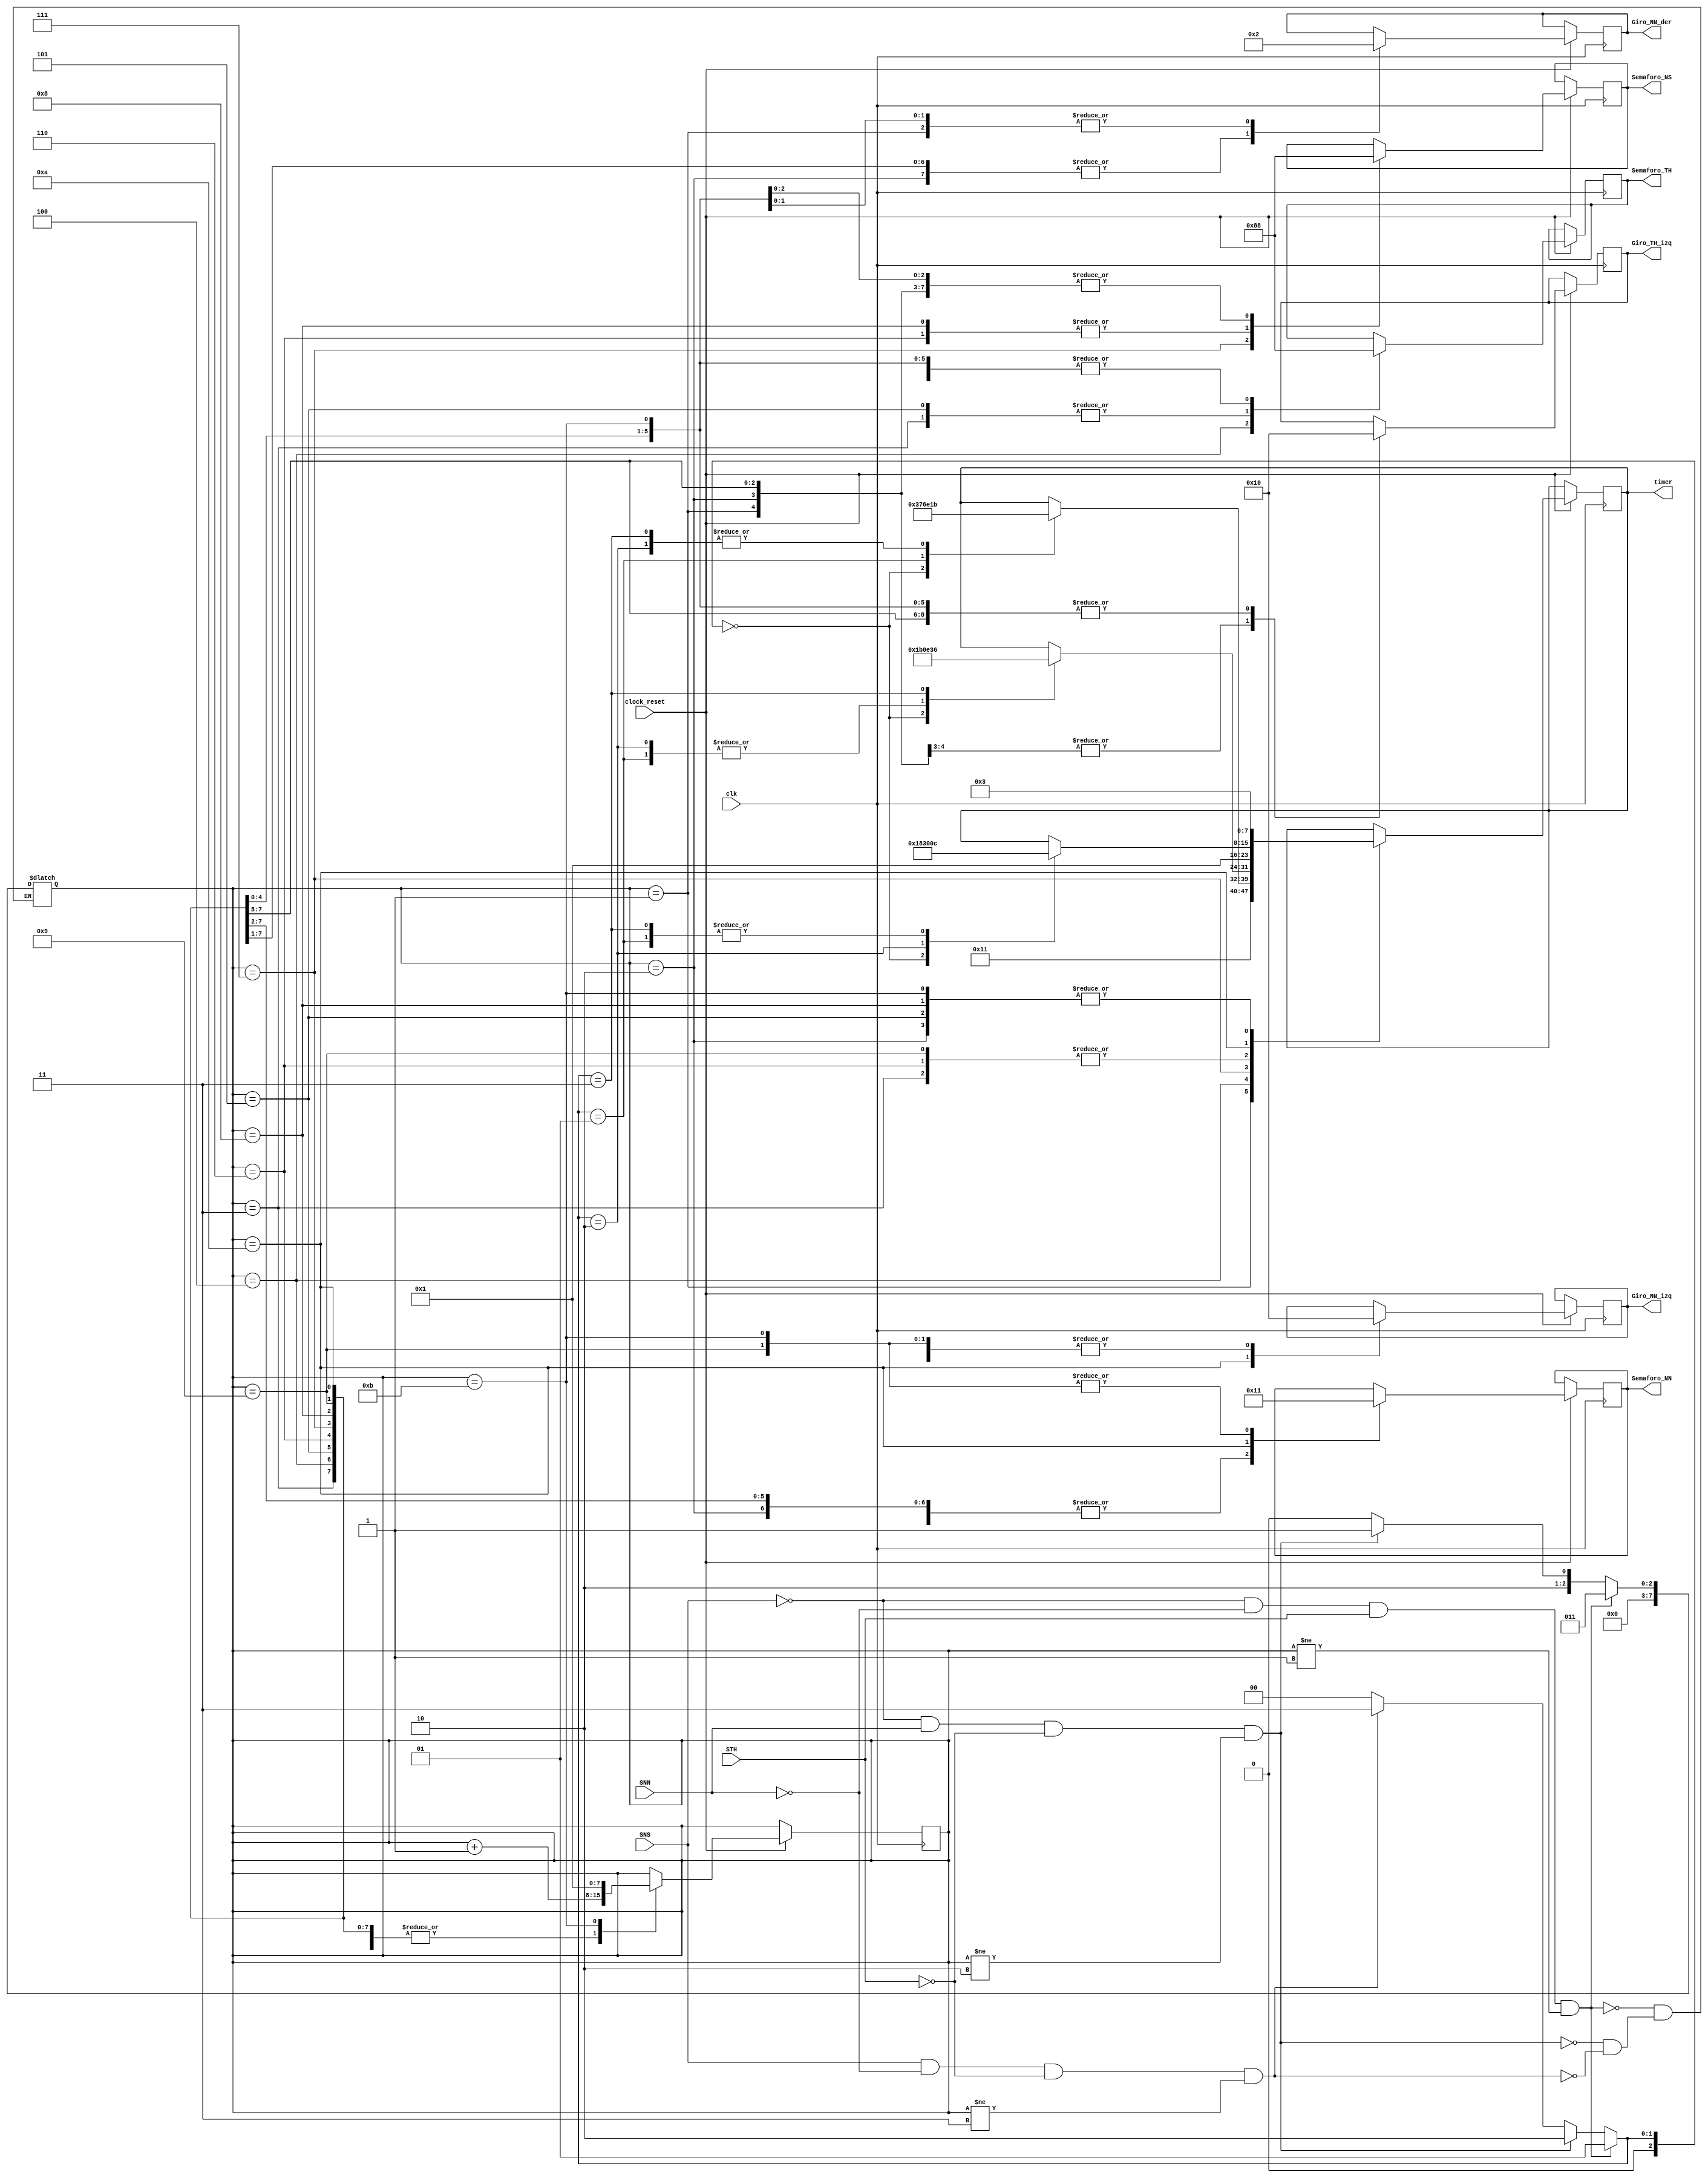
module fsm
  (
    //input wire red_check_SemaforoNN_E6,
    //input wire [31:0] ms, //milisecond
    input wire clock_reset,
    input wire clk, //10kHz
    input wire SNN, //sensor Norton Norte
    input wire SNS,
    input wire STH,
	/*
    input wire PNN, //Pulsador Norton Norte
    input wire PNS,
    input wire PTH,	   */

    output reg [2:0] Semaforo_NN, //change S1
    output reg [2:0] Semaforo_NS,
    output reg [2:0] Semaforo_TH,
    output reg [2:0] Giro_NN_izq,
    output reg [2:0] Giro_NN_der,
    output reg [2:0] Giro_TH_izq,
    /*output reg [2:0] Semaforo_peaton_N,
    output reg [2:0] Semaforo_peaton_TH1,
    output reg [2:0] Semaforo_peaton_TH2,	  */
	/*
    output reg set_Semaforo_NN, //change S1
    output reg set_Semaforo_NS,
    output reg set_Semaforo_TH,
    output reg set_Giro_NN_izq,
    output reg set_Giro_NN_der,
    output reg set_Giro_TH_izq,
    output reg set_Semaforo_peaton_N,
    output reg set_Semaforo_peaton_TH1,
    output reg set_Semaforo_peaton_TH2,	   */

    //input wire reset_general,
    //input wire enable_general	 
	output reg [7:0] timer
  );

  //Elemento que contar los segundos

   // timeCounter myTimeCounter ()  

    parameter [2:1] A = 2'b00;
    parameter [2:1] B = 2'b01;
    parameter [2:1] C = 2'b10;
    parameter [2:1] D = 2'b11;	  
	
    parameter [2:0] initialStateA = 2'b00;
    parameter [2:1] initialStateB = 2'b01;
    parameter [2:0] initialStateC = 2'b10;
    parameter [2:0] initialStateD = 2'b11;	  
	
	parameter RED = 2'b00;
	parameter YELLOW = 2'b01;
	parameter GREEN = 2'b10;

  //Tabla de tiempos del estado 1
 /* 

    reg [7:0][3:0] time_E1;
    initial begin
        time_E1[0] = 8'd17; //Tabla A
        time_E1[1] = 8'd17; //Tabla B
        time_E1[2] = 8'd17; //Tabla C
        time_E1[3] = 8'd17; //Tabla D
    end

    //reg [3:0] time_E1 [7:0] = {8'd17, 8'd17, 8'd17, 8'd17};
    //time_E1[0] = 8'd17; //Tabla A
    //time_E1[1] = 8'd17; //Tabla B
    //time_E1[2] = 8'd17; //Tabla C
    //time_E1[3] = 8'd17; //Tabla D
    
  //Tabla de tiempos del estado 2
 
    reg [3:0] [7:0] time_E2 = {8'd3, 8'd3, 8'd3, 8'd3};
    //time_E2[0] = 8'd3; //Tabla A
    //time_E2[1] = 3; //Tabla B
    //time_E2[2] = 3; //Tabla C
    //time_E2[3] = 3; //Tabla D

  //Tabla de tiempos del estado 3
  
    reg [3:0] [7:0] time_E3 = {8'd55, 8'd110, 8'd27, 8'd27};
    //time_E3[0] = 8'd55; //Tabla A
    //time_E3[1] = 110; //Tabla B
    //time_E3[2] = 27; //Tabla C
    //time_E3[3] = 27; //Tabla D

  //Tabla de tiempos del estado 4
  
    reg [3:0] [7:0] time_E4 = {8'd3, 8'd3, 8'd3, 8'd3};
    //time_E4[0] = 8'd3; //Tabla A
    //time_E4[1] = 3; //Tabla B
    //time_E4[2] = 3; //Tabla C
    //time_E4[3] = 3; //Tabla D

  //Tabla de tiempos del estado 5

    reg [3:0] [7:0] time_E5 = {8'd27, 8'd14, 8'd14, 8'd54};
    //time_E5[0] = 8'd27; //Tabla A
    //time_E5[1] = 14; //Tabla B
    //time_E5[2] = 14; //Tabla C
    //time_E5[3] = 54; //Tabla D

//Tabla de tiempos del estado 6
  
    reg [3:0] [7:0] time_E6 = {8'd3, 8'd3, 8'd3, 8'd3};
    //time_E6[0] = 8'd3; //Tabla A
    //time_E6[1] = 3; //Tabla B
    //time_E6[2] = 3; //Tabla C
    //time_E6[3] = 3; //Tabla D

  //Tabla de tiempos del estado 7
  
    reg [3:0] [7:0] time_E7 = {8'd24, 8'd12, 8'd48, 8'd12};
    //time_E7[0] = 8'd24; //Tabla A
    //time_E7[1] = 12; //Tabla B
    //time_E7[2] = 48; //Tabla C
    //time_E7[3] = 12; //Tabla D

    //chequear que este en el rojo del estado 8

    reg [3:0] [7:0] time_E8 = {8'd24, 8'd12, 8'd48, 8'd12};
    //time_E8[0] = 8'd24; //Tabla A
    //time_E8[1] = 12; //Tabla B
    //time_E8[2] = 48; //Tabla C
    //time_E8[3] = 12; //Tabla D
    
 */	

    reg[3:1] tabla;
    reg[7:0] estado;		

    
    always @ (SNN or SNS or STH)
        begin
      //CASO 4
        if(!SNS & !SNN & STH & (estado != initialStateB) )
            begin
                tabla <= B;
                estado <= 3; //thevenin al este  
                //reset_chrono = 1;
            end
      // CASO 5
        else if ( !SNS & SNN &  !STH & (estado != initialStateC) )
            begin
                tabla <= C;
                estado <= 5; //norton al norte en verde 
                //reset_chrono = 1;
            end
      // CASO 6
        else if ( SNS & !SNN & !STH & (estado != initialStateD) )
            begin
                tabla <= D;
                estado <= 4; //norton al sur       
                //reset_chrono = 1;
            end

        /*pulsador
        else if (!SNS & !SNN & !STH)
            begin

            end
        */ 

      // CASO 1
        else 
            begin
                tabla <= A;
                //estado <= estado + 1; 
            end
        end
		
  //loop de estados
  always @ (posedge clk)	
	  begin
		  if(clock_reset)
			  begin
				  case(estado)
					1: 
					begin 
						timer <= 17;	
					    Semaforo_NN	<= RED;
						Semaforo_NS <= RED ;
						Semaforo_TH	<= RED;
						Giro_NN_izq	<= RED;
						Giro_NN_der <= GREEN;
						Giro_TH_izq <= GREEN;
						/*Semaforo_peaton_N <= 0;
						Semaforo_peaton_TH1	<= 0;
						Semaforo_peaton_TH2 <= 0; */
	                    estado = estado + 1;
					end		  		
					2:
					begin 
						timer <= 3;
					    Semaforo_NN	<= RED;
						Semaforo_NS <= RED ;
						Semaforo_TH	<= RED;
						Giro_NN_izq	<= RED;
						Giro_NN_der <= RED;
						Giro_TH_izq <= GREEN;
						/*Semaforo_peaton_N <= 0;
						Semaforo_peaton_TH1	<= 0;
						Semaforo_peaton_TH2 <= 0; */
	                    estado = estado + 1;	
					end
					3:
					begin 
						timer <= 1;	
					    Semaforo_NN	<= RED;
						Semaforo_NS <= RED ;
						Semaforo_TH	<= YELLOW;
						Giro_NN_izq	<= RED;
						Giro_NN_der <= RED;
						Giro_TH_izq <= RED;
						/*Semaforo_peaton_N <= 0;
						Semaforo_peaton_TH1	<= 0;
						Semaforo_peaton_TH2 <= 0; */
	                    estado = estado + 1;	
					end
					4:	 
					begin 
						case(tabla)
							A: timer <= 55;
							B: timer <= 110;
							C: timer <= 27;
							D: timer <= 27;
						endcase		
					    Semaforo_NN	<= RED;
						Semaforo_NS <= RED ;
						Semaforo_TH	<= GREEN;
						Giro_NN_izq	<= RED;
						Giro_NN_der <= RED;
						Giro_TH_izq <= RED;
						/*Semaforo_peaton_N <= 0;
						Semaforo_peaton_TH1	<= 0;
						Semaforo_peaton_TH2 <= 0; */
	                    estado = estado + 1; 
					end
					5: 
					begin 
						timer <= 3;	
					    Semaforo_NN	<= RED;
						Semaforo_NS <= RED ;
						Semaforo_TH	<= YELLOW;
						Giro_NN_izq	<= RED;
						Giro_NN_der <= RED;
						Giro_TH_izq <= RED;
						/*Semaforo_peaton_N <= 0;
						Semaforo_peaton_TH1	<= 0;
						Semaforo_peaton_TH2 <= 0; */
	                    estado = estado + 1;	 
					end
					6:
					begin 
						timer <= 1;	
					    Semaforo_NN	<= RED;
						Semaforo_NS <= YELLOW ;
						Semaforo_TH	<= RED;
						Giro_NN_izq	<= RED;
						Giro_NN_der <= RED;
						Giro_TH_izq <= RED;
						/*Semaforo_peaton_N <= 0;
						Semaforo_peaton_TH1	<= 0;
						Semaforo_peaton_TH2 <= 0; */
	                    estado = estado + 1;   
					end
					7: 
					begin 
						case(tabla)
							A: timer <= 27;
							B: timer <= 14;
							C: timer <= 14;
							D: timer <= 54;
						endcase		
					    Semaforo_NN	<= RED;
						Semaforo_NS <= GREEN ;
						Semaforo_TH	<= RED;
						Giro_NN_izq	<= RED;
						Giro_NN_der <= RED;
						Giro_TH_izq <= RED;
						/*Semaforo_peaton_N <= 0;
						Semaforo_peaton_TH1	<= 0;
						Semaforo_peaton_TH2 <= 0; */
	                    estado = estado + 1;
					end
					8:
					begin 
						timer <= 3;
					    Semaforo_NN	<= RED;
						Semaforo_NS <= YELLOW ;
						Semaforo_TH	<= RED;
						Giro_NN_izq	<= RED;
						Giro_NN_der <= RED;
						Giro_TH_izq <= RED;
						/*Semaforo_peaton_N <= 0;
						Semaforo_peaton_TH1	<= 0;
						Semaforo_peaton_TH2 <= 0; */
	                    estado = estado + 1; 
					end
					9:
					begin 
	
						timer <= 1;
					    Semaforo_NN	<= YELLOW;
						Semaforo_NS <= RED ;
						Semaforo_TH	<= RED;
						Giro_NN_izq	<= RED;
						Giro_NN_der <= RED;
						Giro_TH_izq <= RED;
						/*Semaforo_peaton_N <= 0;
						Semaforo_peaton_TH1	<= 0;
						Semaforo_peaton_TH2 <= 0; */
	                    estado = estado + 1;  
					end
					10:
					begin 
						case(tabla)
							A: timer <= 24;
							B: timer <= 12;
							C: timer <= 48;
							D: timer <= 12;
						endcase		
					    Semaforo_NN	<= GREEN;
						Semaforo_NS <= RED ;
						Semaforo_TH	<= RED;
						Giro_NN_izq	<= GREEN;
						Giro_NN_der <= GREEN;
						Giro_TH_izq <= RED;
						/*Semaforo_peaton_N <= 0;
						Semaforo_peaton_TH1	<= 0;
						Semaforo_peaton_TH2 <= 0; */
	                    estado = estado + 1; 
					end
					11:
					begin 
						timer <= 3;	
					    Semaforo_NN	<= YELLOW;
						Semaforo_NS <= RED ;
						Semaforo_TH	<= RED;
						Giro_NN_izq	<= RED;
						Giro_NN_der <= GREEN;
						Giro_TH_izq <= RED;
						/*Semaforo_peaton_N <= 0;
						Semaforo_peaton_TH1	<= 0;
						Semaforo_peaton_TH2 <= 0; */
	                    estado = 1;
					end
				endcase	
			end
		end	
/*		
		    output reg Semaforo_NN, //change S1
    output reg ,
    output reg ,
    output reg ,
    output reg ,
    output reg ,
    output reg ,
    output reg ,
    output reg ,
			
			                    CGiro_NN_der <= 1;
                    CSemaforo_peaton_TH2 <= 1;		
		
  //loop de estados
    always @ (posedge CLK)
        begin
            if (reset_chrono == 1)
                reset_chrono <= 0;

            if (reset_general == 1)
                estado = 9;

                case (estado)
                    9: //estado de reset
                    begin
                        if (enable_general == 1)
                        	begin
                            	{set_Semaforo_NN set_Semaforo_NS set_Semaforo_TH set_Giro_NN_izq set_Semaforo_peaton_N set_Semaforo_peaton_TH2} <= 1;
                            	{set_Giro_NN_der, set_Giro_TH_izq, set_Semaforo_peaton_TH1} <= 0;
                            	{reset_chrono, estado} <= 1;
                            end
                    end
                    
                    1: 
                    begin
                        CGiro_TH_izq <= 0;
                        CSemaforo_peaton_N <= 0;
                        CSemaforo_peaton_TH1 <= 0;
                        if (ms >= 17*1000)
                            begin
                                estado = estado + 1;
                                reset_chrono <= 1;
                                //seteo de luces para proximo estado (2)
                                CGiro_NN_der <= 1;
                                CSemaforo_peaton_TH2 <= 1;
                            end
                    end

                    2:
                    begin
                        CGiro_NN_der <= 0;
                        CSemaforo_peaton_TH2 <= 0;
                        if (ms >= 3*1000)
                            begin
                                estado = estado + 1;
                                reset_chrono <= 1;
                                //seteo de luces para proximo estado (3)
                                CSemaforo_TH <=1;
                            end
                    end
                    
                    3: 
                    begin
                        CSemaforo_TH <=0;
                        if (ms >= 55*1000)
                            begin
                                estado = estado + 1;
                                reset_chrono <= 1;
                                //seteo de luces para proximo estado (4)
                                CSemaforo_TH <= 1;
                            end
                    end

                    4: 
                    begin
                        CSemaforo_TH <=0;
                        if (ms >= 3*1000)
                            begin
                                estado = estado + 1;
                                reset_chrono <= 1;
                                //cambio de luces
                                CSemaforo_peaton_TH1 <= 1;
                                CSemaforo_peaton_TH2 <= 1;
                                CSemaforo_peaton_N <= 1;
                                CSemaforo_NS <= 1;
                            end
                    end

                    5: 
                    begin
                        CSemaforo_peaton_TH1 <= 0;
                        CSemaforo_peaton_TH2 <= 0;
                        CSemaforo_peaton_N <= 0;
                        CSemaforo_NS <= 0;
                        if (ms >= 27*1000)
                            begin
                                estado = estado + 1;
                                reset_chrono <= 1;
                                //cambio de luces 
                                CSemaforo_NS <= 1;
                            end
                    end

                    6:
                    begin
                        CSemaforo_NS <= 0;
                        if (red_check_SemaforoNN_E6) 
                        	begin
                            	estado = estado + 1;
                            	reset_chrono <= 1;

                            	//cambio luces hacia NN
                            	CSemaforo_NN <= 1;
                            	CGiro_NN_der <= 1;
                            	CGiro_NN_izq <= 1;     
                            end
                        end

                    7:
                    begin
                        CSemaforo_NN <= 0;
                        CGiro_NN_der <= 0;
                        CGiro_NN_izq <= 0;

                        if (red_check_SemaforoNN_E6) 
                        	begin
                            	estado = estado + 1;
                            	reset_chrono <= 1;

                            	//mantuve estado 7 (luz amarilla)
                            	CSemaforo_NN <= 1;
                            	CGiro_NN_izq <= 1;  
                            end
                    end

                    8:
                    begin
                        CSemaforo_NN <= 0;
                        CGiro_NN_izq <= 0;
                        if (red_check_SemaforoNN_E6) 
                        	begin
                            estado = 1;
                            reset_chrono <= 1;

                            //estado repite
                            CGiro_TH_izq <= 1;
                            CSemaforo_peaton_N <= 1;
                            CSemaforo_peaton_TH1 <= 1;
                            end
                        end
                endcase
        end		 */

endmodule